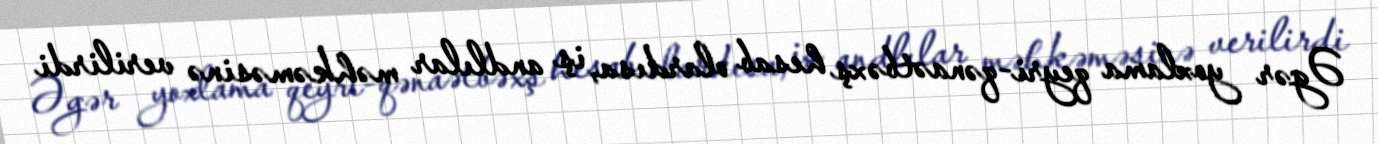
Əgər yoxlama qeyri-qənaətbəxş hesab olardısa, iş andlılar məhkəməsinə verilirdi